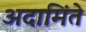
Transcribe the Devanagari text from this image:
अदामिंते